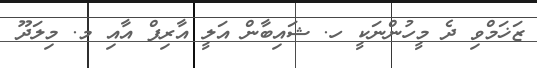
ޒަޚަމްވި ދެ މީހުންނަކީ ހ. ޝައިބާން އަލީ އާރިފް އާއި މ. މިލަދޫ